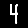
Digit: 4